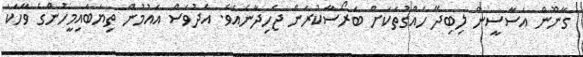
ގާނޫން އަސާސީން ލިބިދޭ ހައްގުތަކަށް ބަރޯސާކުރަން ޖެހިދާނެއެވެ. އެދުވަސް އައުމުން ތިޔަބައިމީހުންގެ ވާހަކަ